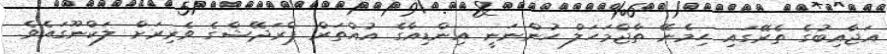
އަޖާއިބުގެ ތެރޭގައި ހިމެނޭ ތާޖްމަހަލް ހުންނަނީ އިންޑިއާގެ އުއްތަރް ޕްރަދޭޝްގެ ވެރިރަށް ލަކްނޫގައެވެ.